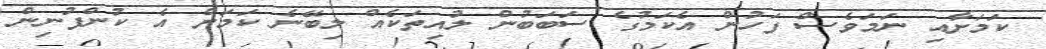
ކަމަށާއި ނަމަވެސް ފަހުން އެކަމުގެ ސަބަބުން ލުއިތަކެއް ލިބޭނެ ކަމަށް އެ ކުންފުނިން